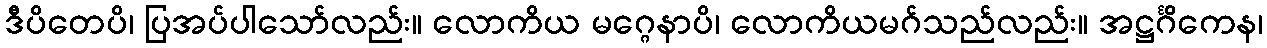
ဒီပိတေပိ၊ ပြအပ်ပါသော်လည်း။ လောကိယ မဂ္ဂေနာပိ၊ လောကိယမဂ်သည်လည်း။ အဋ္ဌင်္ဂိကေန၊